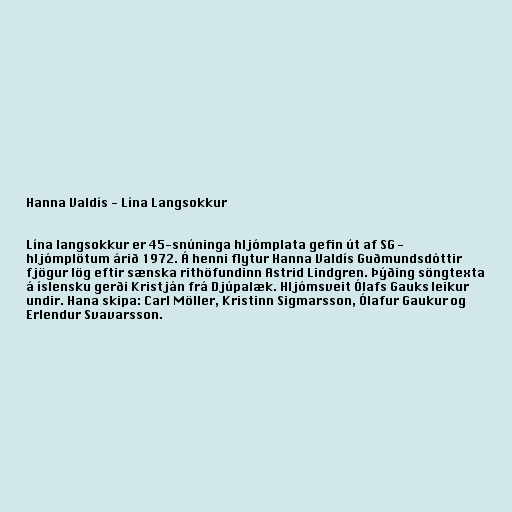
Hanna Valdís - Lína Langsokkur

Lína langsokkur er 45-snúninga hljómplata gefin út af SG -
hljómplötum árið 1972. Á henni flytur Hanna Valdís Guðmundsdóttir
fjögur lög eftir sænska rithöfundinn Astrid Lindgren. Þýðing söngtexta
á íslensku gerði Kristján frá Djúpalæk. Hljómsveit Ólafs Gauks leikur
undir. Hana skipa: Carl Möller, Kristinn Sigmarsson, Ólafur Gaukur og
Erlendur Svavarsson.